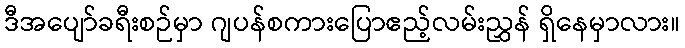
ဒီအပျော်ခရီးစဉ်မှာ ဂျပန်စကားပြောဧည့်လမ်းညွှန် ရှိနေမှာလား။